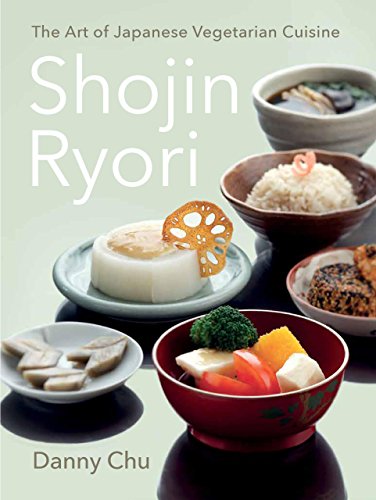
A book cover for Shojin Ryori: The Art of Japanese Vegetarian Cuisine; Danny Chu; Cookbooks, Food & Wine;